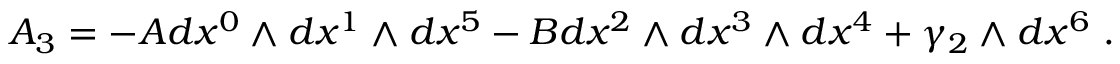
A _ { 3 } = - A d x ^ { 0 } \wedge d x ^ { 1 } \wedge d x ^ { 5 } - B d x ^ { 2 } \wedge d x ^ { 3 } \wedge d x ^ { 4 } + \gamma _ { 2 } \wedge d x ^ { 6 } \ .